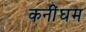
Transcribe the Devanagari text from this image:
कनींघम